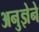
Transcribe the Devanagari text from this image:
अनुज्ञेने